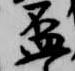
盃